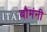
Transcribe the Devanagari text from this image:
बौमंनी